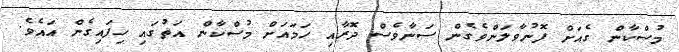
މުސްކާން ގެއަށް ފޮނުވާލަންވެގެން ސަނާވެސް ދޮރާއި ހަމައަށް މުސްކާން އަތުގައި ހިފައިގެން އައެވެ.